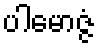
ပါမောဇ္ဇံ